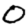
Digit: 0